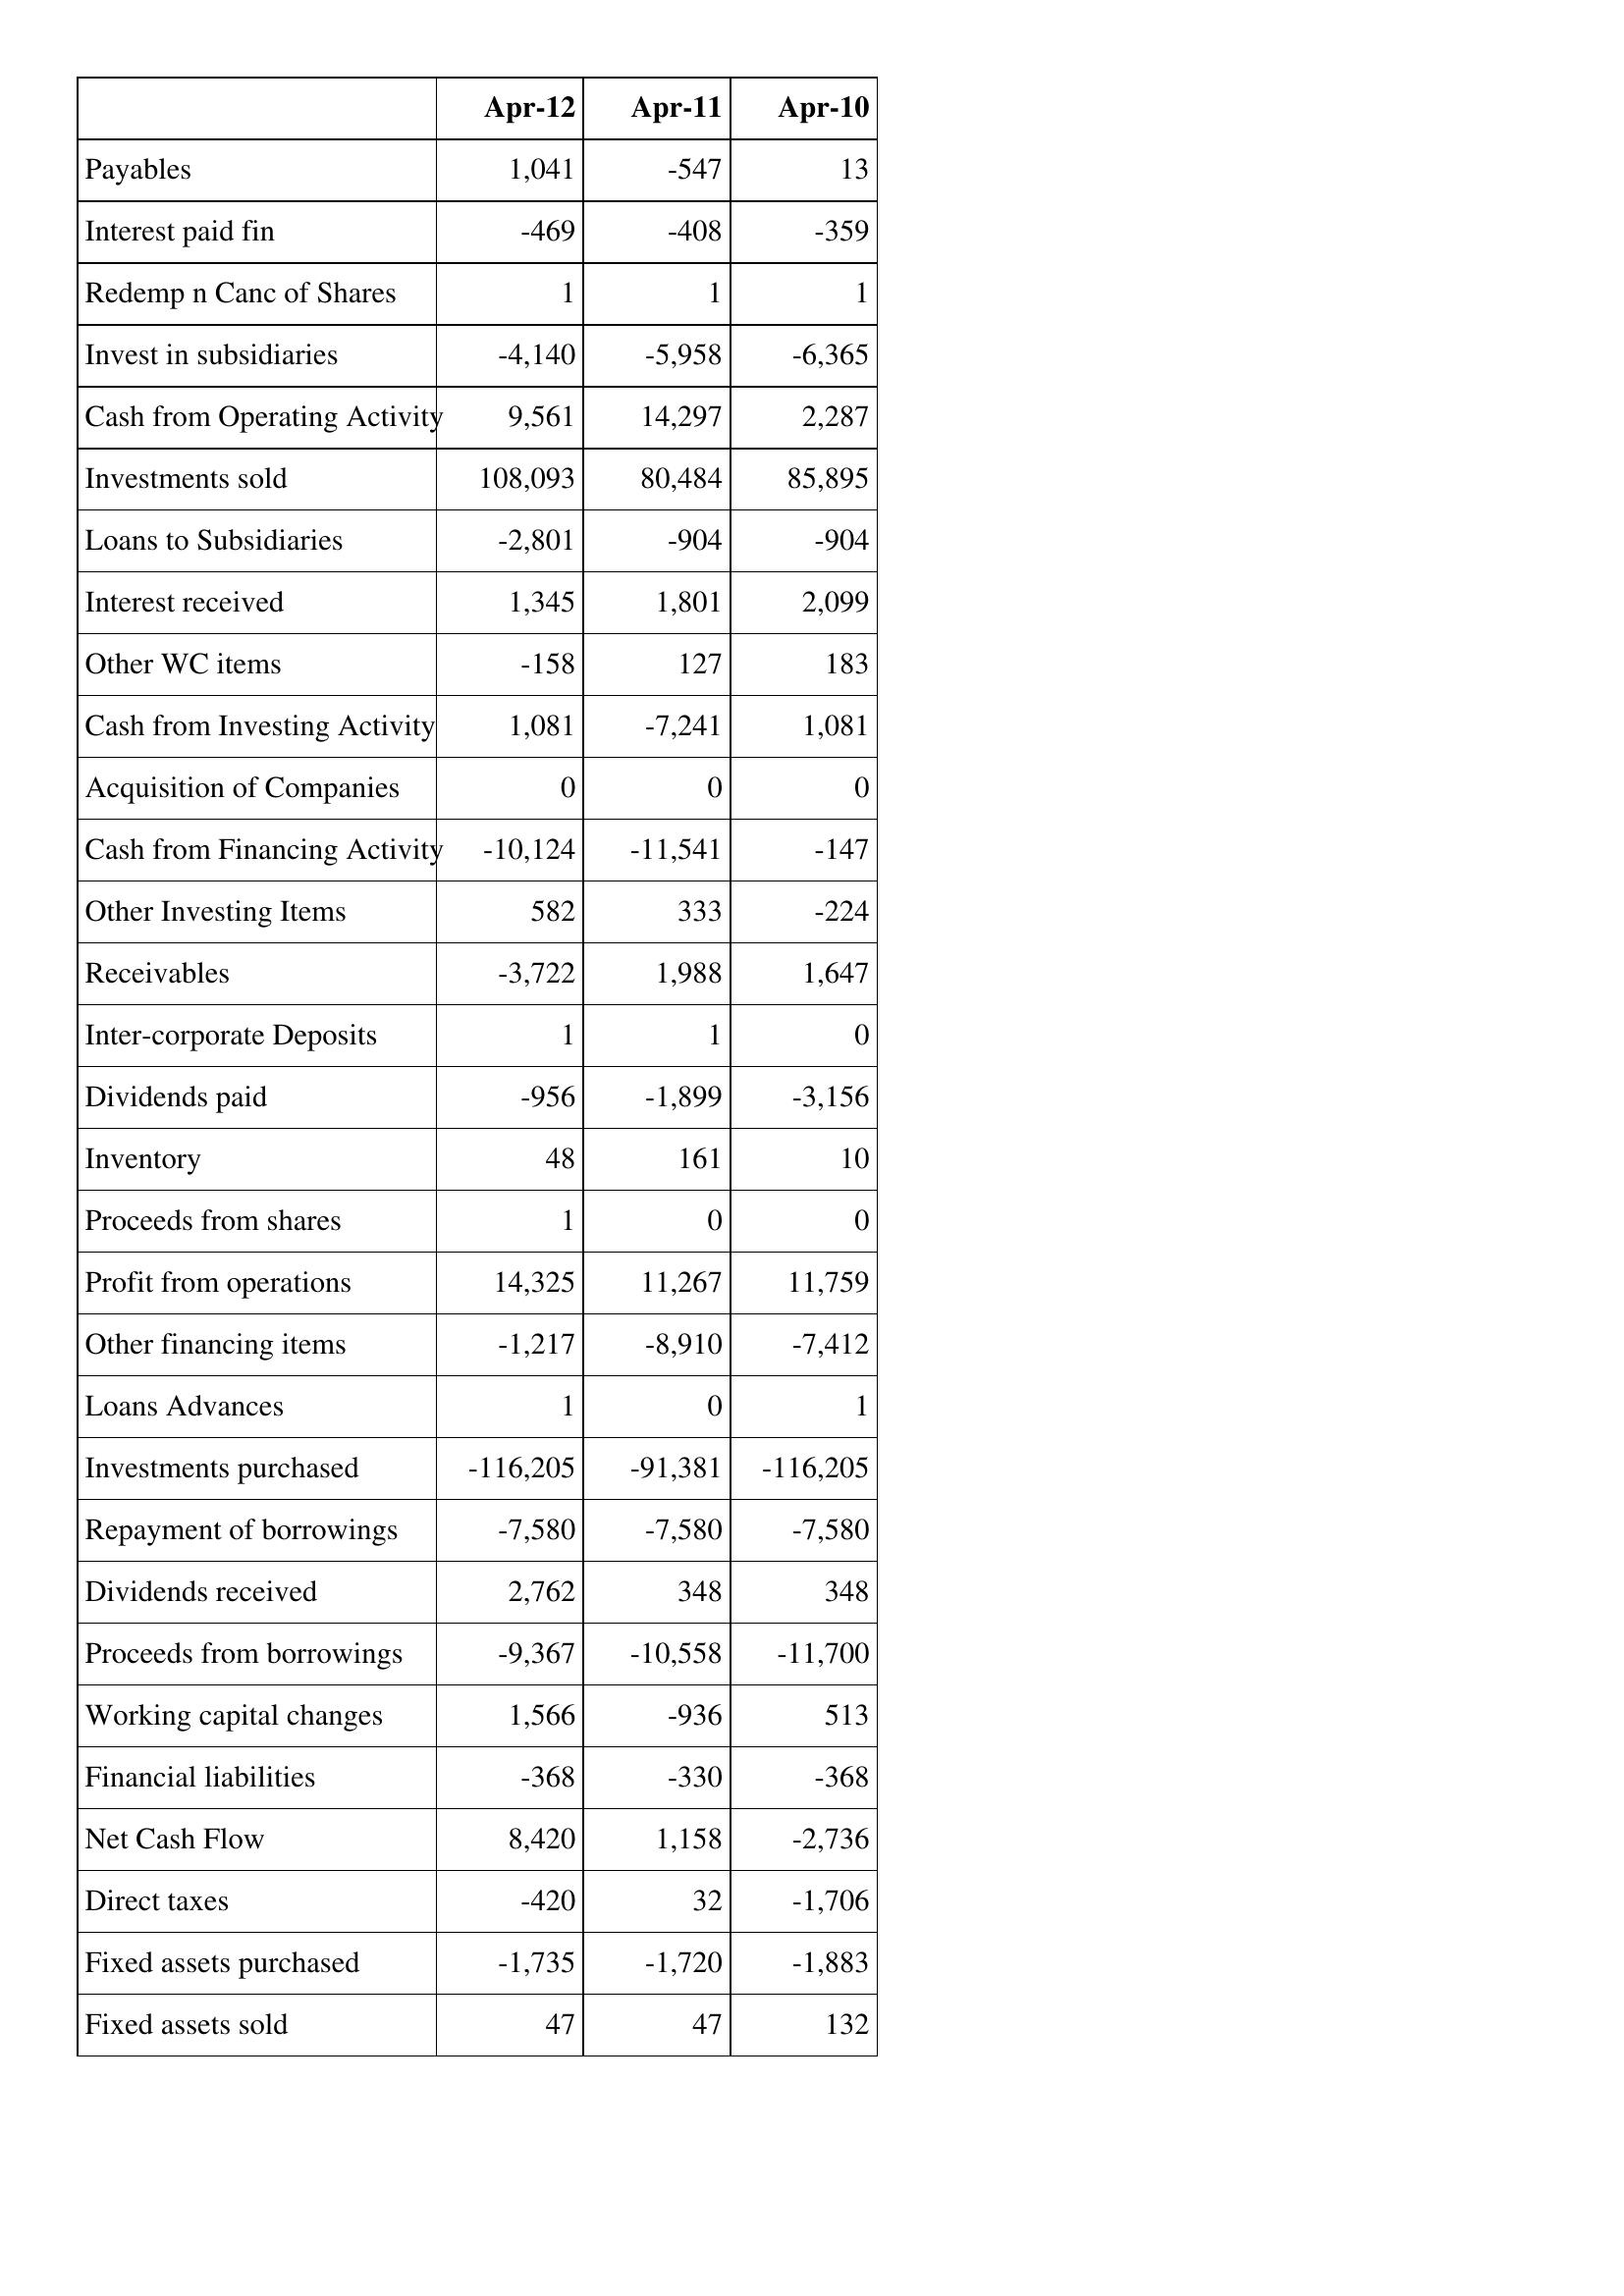
Apr-12: Cash Flows: Payables: 1,041
Interest paid fin: -469
Redemp n Canc of Shares: 1
Invest in subsidiaries: -4,140
Cash from Operating Activity: 9,561
Investments sold: 108,093
Loans to Subsidiaries: -2,801
Interest received: 1,345
Other WC items: -158
Cash from Investing Activity: 1,081
Acquisition of Companies: 0
Cash from Financing Activity: -10,124
Other Investing Items: 582
Receivables: -3,722
Inter-corporate Deposits: 1
Dividends paid: -956
Inventory: 48
Proceeds from shares: 1
Profit from operations: 14,325
Other financing items: -1,217
Loans Advances: 1
Investments purchased: -116,205
Repayment of borrowings: -7,580
Dividends received: 2,762
Proceeds from borrowings: -9,367
Working capital changes: 1,566
Financial liabilities: -368
Net Cash Flow: 8,420
Direct taxes: -420
Fixed assets purchased: -1,735
Fixed assets sold: 47
Apr-11: Cash Flows: Payables: -547
Interest paid fin: -408
Redemp n Canc of Shares: 1
Invest in subsidiaries: -5,958
Cash from Operating Activity: 14,297
Investments sold: 80,484
Loans to Subsidiaries: -904
Interest received: 1,801
Other WC items: 127
Cash from Investing Activity: -7,241
Acquisition of Companies: 0
Cash from Financing Activity: -11,541
Other Investing Items: 333
Receivables: 1,988
Inter-corporate Deposits: 1
Dividends paid: -1,899
Inventory: 161
Proceeds from shares: 0
Profit from operations: 11,267
Other financing items: -8,910
Loans Advances: 0
Investments purchased: -91,381
Repayment of borrowings: -7,580
Dividends received: 348
Proceeds from borrowings: -10,558
Working capital changes: -936
Financial liabilities: -330
Net Cash Flow: 1,158
Direct taxes: 32
Fixed assets purchased: -1,720
Fixed assets sold: 47
Apr-10: Cash Flows: Payables: 13
Interest paid fin: -359
Redemp n Canc of Shares: 1
Invest in subsidiaries: -6,365
Cash from Operating Activity: 2,287
Investments sold: 85,895
Loans to Subsidiaries: -904
Interest received: 2,099
Other WC items: 183
Cash from Investing Activity: 1,081
Acquisition of Companies: 0
Cash from Financing Activity: -147
Other Investing Items: -224
Receivables: 1,647
Inter-corporate Deposits: 0
Dividends paid: -3,156
Inventory: 10
Proceeds from shares: 0
Profit from operations: 11,759
Other financing items: -7,412
Loans Advances: 1
Investments purchased: -116,205
Repayment of borrowings: -7,580
Dividends received: 348
Proceeds from borrowings: -11,700
Working capital changes: 513
Financial liabilities: -368
Net Cash Flow: -2,736
Direct taxes: -1,706
Fixed assets purchased: -1,883
Fixed assets sold: 132